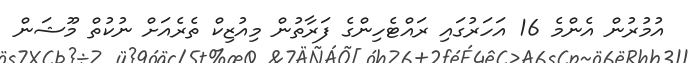
އުމުރުން އެންމެ 16 އަހަރުގައި ރައްޓެހިންގެ ފަރާތުން މިއުޒިކް ތެރެއަށް ނުކުތް މޫޝަން